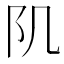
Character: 𨸔